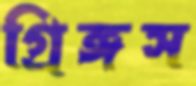
গ্রিঙ্গস